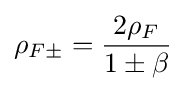
\rho _{F\pm }={\frac {2\rho _{F}}{1\pm \beta }}